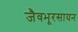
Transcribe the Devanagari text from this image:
जैवभूरसायन